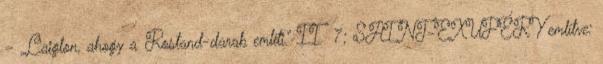
– „L’aiglon, ahogy a Rostand-darab említi.” II 7; SAINT-EXUPÉRY említve: